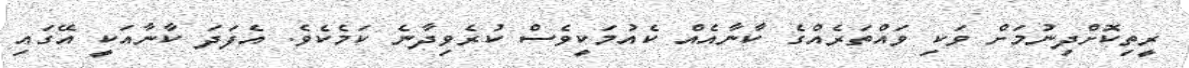
ރީތިކޮށްދިނުމަށް ވަކި ވައްތަރެއްގެ ކާނާއެއް ކެއުމަކީވެސް ކުރެވިދާނެ ކަމެކެވެ. އެފަދަ ކާނާއަކީ އޭގައި